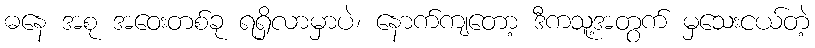
ဓနေ အစု အဝေးတစ်ခု ရရှိလာမှာပဲ၊ နောက်ကျတော့ ဒီကသူ့အတွက် မှသေးငယ်တဲ့